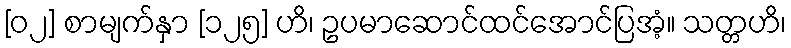
[၀၂] စာမျက်နှာ [၁၂၅] ဟိ၊ ဥပမာဆောင်ထင်အောင်ပြအံ့။ သတ္တဟိ၊